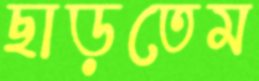
ছাড়তেম